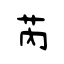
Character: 芮